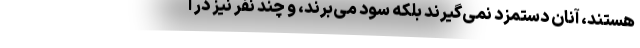
هستند، آنان دستمزد نمی‌گیرند بلکه سود می‌برند، و چند نفر نیز در ا